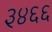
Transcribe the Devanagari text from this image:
३४६६